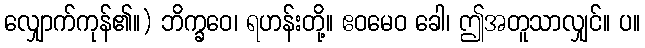
လျှောက်ကုန်၏။) ဘိက္ခဝေ၊ ရဟန်းတို့။ ဧဝမေဝ ခေါ၊ ဤအတူသာလျှင်။ ပ။